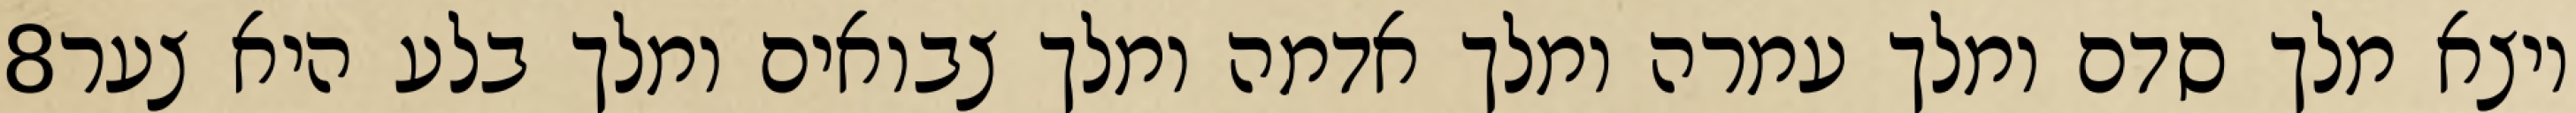
‎8‏ ויצא מלך סדם ומלך עמרה ומלך אדמה ומלך צבואים ומלך בלע היא צער